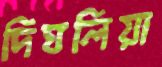
দিঘলিয়া